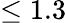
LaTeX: \leq 1.3